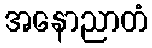
အနောညာတံ